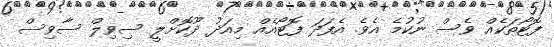
ފޮޓޯތަކެއް ވެސް ނުކުމެ އެވެ. އެފަދަ ފޮޓޯއެއް މިއަދު ދޫކޮށްލީ ސިވިލް ސާވިސް